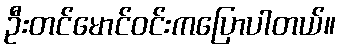
ဦးတင်မောင်ဝင်းကပြောပါတယ်။